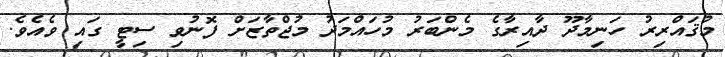
މުޤައްރިރު ހަނިމާދޫ ދާއިރާގެ މެންބަރު މުހައްމަދު މުޖްތާޒަށް ފޮނުވި ސިޓީ ގައި ވެއެވެ.